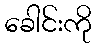
ခေါင်းကို